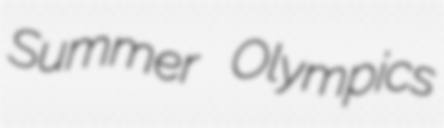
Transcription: Summer Olympics